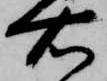
右